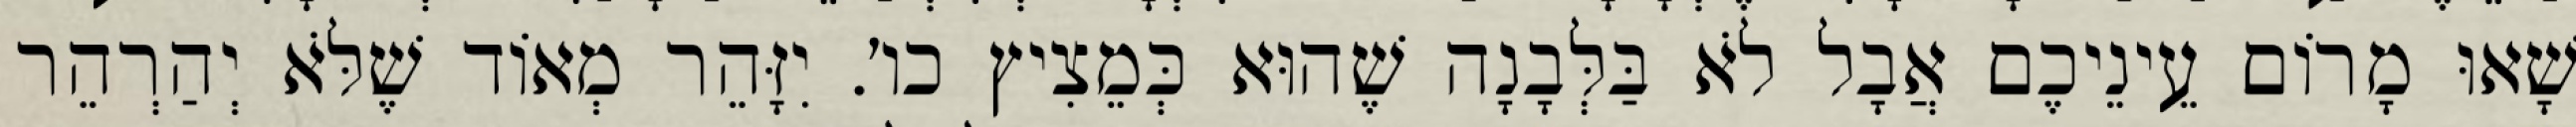
שָׁאוּ מָרוֹם עֵינֵיכֶם אֲבָל לֹא בַּלְּבָנָה שֶׁהוּא כְּמֵצִיץ כו׳. יִזָּהֵר מְאוֹד שֶׁלֹּא יְהַרְהֵר